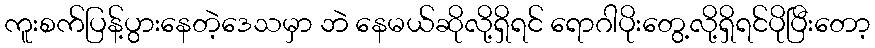
ကူးစက်ပြန့်ပွားနေတဲ့ဒေသမှာ ဘဲ နေမယ်ဆိုလို့ရှိရင် ရောဂါပိုးတွေ့လို့ရှိရင်ပိုပြီးတော့